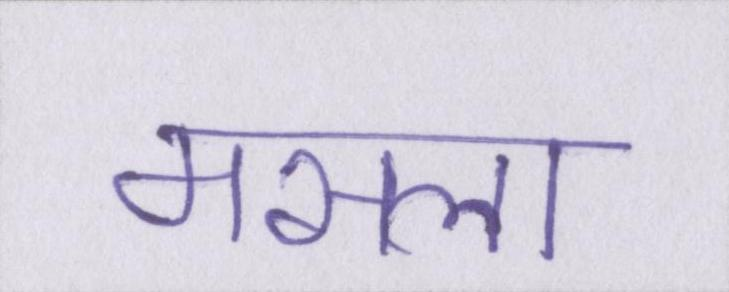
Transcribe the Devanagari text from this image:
मसला